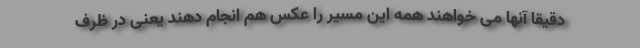
دقیقا آنها می خواهند همه این مسیر را عکس هم انجام دهند یعنی در ظرف